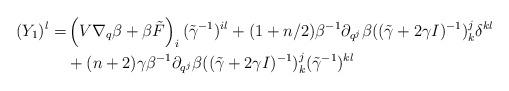
LaTeX: \begin{align*}(Y_1)^l=&\left(V\nabla_q \beta +\beta\tilde F\right)_i (\tilde\gamma^{-1})^{il}+(1+n/2)\beta^{-1}\partial_{q^j}\beta((\tilde\gamma+2\gamma I)^{-1})^j_{k} \delta^{kl}\\& +(n+2)\gamma\beta^{-1}\partial_{q^j}\beta ((\tilde\gamma+2\gamma I)^{-1})^j_{k} (\tilde\gamma^{-1})^{kl}\end{align*}